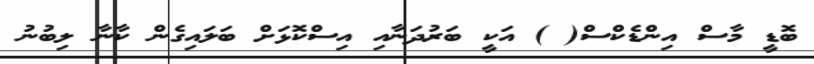
ބޮޑީ މާސް އިންޑެކްސް( ) އަކީ ބަރުދަނާއި އިސްކޮޅަށް ބަލައިގެން ކާނާ ލިބުނު